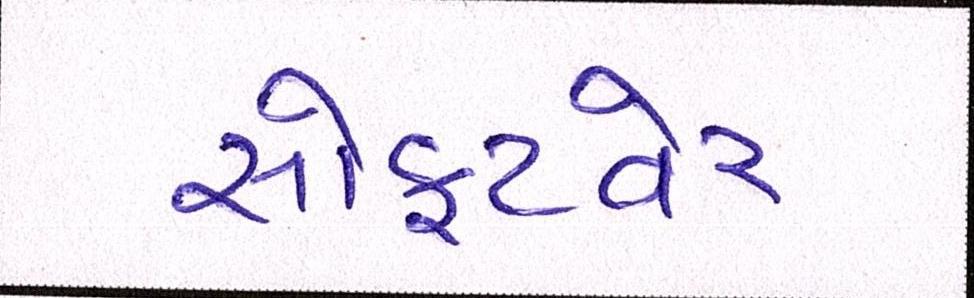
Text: સોફ્ટવેર